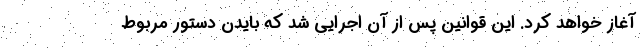
آغاز خواهد کرد. این قوانین پس از آن اجرایی شد که بایدن دستور مربوط